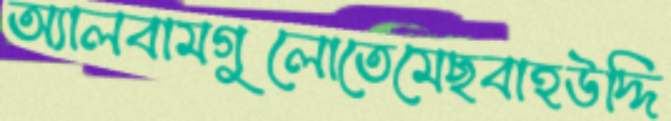
অ্যালবামগুলোতেমেছবাহউদ্দি